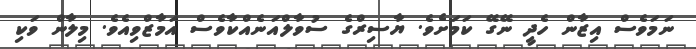
ނަމަވެސް އިޒާން ހެދީ ނޭގޭ ކަމަށެވެ. ޔާސިރްގެ ސުވާލްއަނެއްކާވެސް އަމާޒްވިއެވެ. މިލާން ވަކި